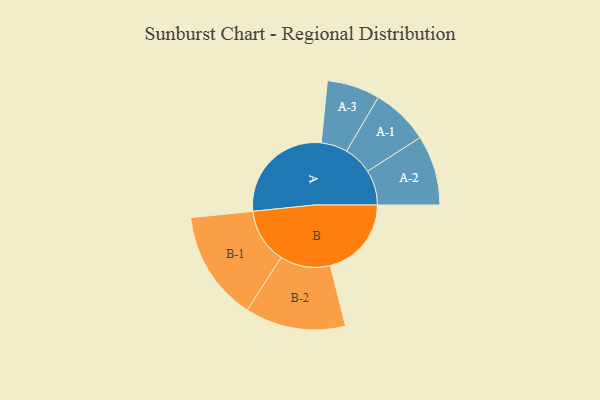
{"axis": {"x": "Segment", "y": "Value"}, "legend": ["", "A", "B"], "data": [{"x": "A", "y": 419, "type": ""}, {"x": "B", "y": 313, "type": ""}, {"x": "A-1", "y": 111, "type": "A"}, {"x": "A-2", "y": 135, "type": "A"}, {"x": "A-3", "y": 102, "type": "A"}, {"x": "B-1", "y": 212, "type": "B"}, {"x": "B-2", "y": 194, "type": "B"}]}